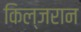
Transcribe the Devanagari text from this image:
किल्जरान